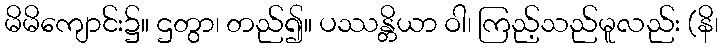
မိမိကျောင်း၌။ ဌတွာ၊ တည်၍။ ပဿန္တိယာ ဝါ၊ ကြည့်သည်မူလည်း (နိ၊